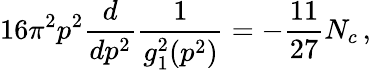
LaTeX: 16\pi^{2}p^{2}{\frac{d}{dp^{2}}}{\frac{1}{g_{1}^{2}(p^{2})}}=-{\frac{11}{27}}N_{c}\, ,